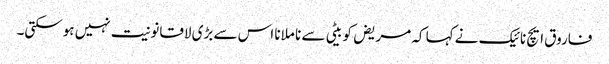
فاروق ایچ نائیک نے کہا کہ مریض کو بیٹی سے نا ملانا اس سے بڑی لاقانونیت نہیں ہوسکتی۔